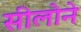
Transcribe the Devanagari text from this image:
सीलोने